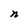
Character: n